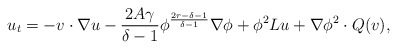
\begin{align*}u_t=-v\cdot\nabla u -\frac{2A\gamma}{\delta-1}\phi^{\frac{2r-\delta-1}{\delta-1}}\nabla \phi+\phi^2 Lu+\nabla \phi^2\cdot Q(v),\end{align*}